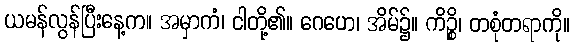
ယမန်လွန်ပြီးနေ့က။ အမှာကံ၊ ငါတို့၏။ ဂေဟေ၊ အိမ်၌။ ကိဉ္စိ၊ တစုံတရာကို။